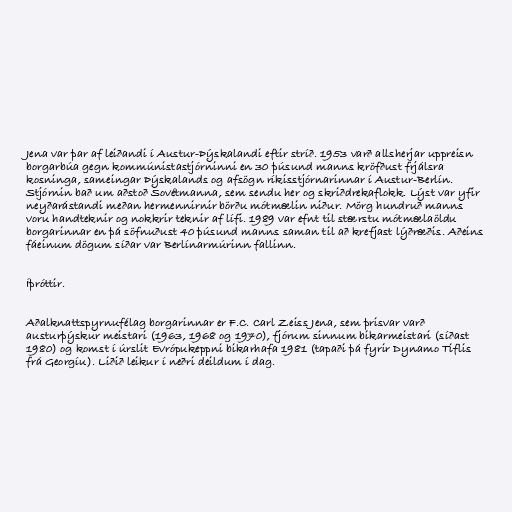
Jena var þar af leiðandi í Austur-Þýskalandi eftir stríð. 1953 varð allsherjar uppreisn
borgarbúa gegn kommúnistastjórninni en 30 þúsund manns kröfðust frjálsra
kosninga, sameingar Þýskalands og afsögn ríkisstjórnarinnar í Austur-Berlín.
Stjórnin bað um aðstoð Sovétmanna, sem sendu her og skriðdrekaflokk. Lýst var yfir
neyðarástandi meðan hermennirnir börðu mótmælin niður. Mörg hundruð manns
voru handteknir og nokkrir teknir af lífi. 1989 var efnt til stærstu mótmælaöldu
borgarinnar en þá söfnuðust 40 þúsund manns saman til að krefjast lýðræðis. Aðeins
fáeinum dögum síðar var Berlínarmúrinn fallinn.

Íþróttir.

Aðalknattspyrnufélag borgarinnar er F.C. Carl Zeiss Jena, sem þrisvar varð
austurþýskur meistari (1963, 1968 og 1970), fjórum sinnum bikarmeistari (síðast
1980) og komst í úrslit Evrópukeppni bikarhafa 1981 (tapaði þá fyrir Dynamo Tiflis
frá Georgíu). Liðið leikur í neðri deildum í dag.